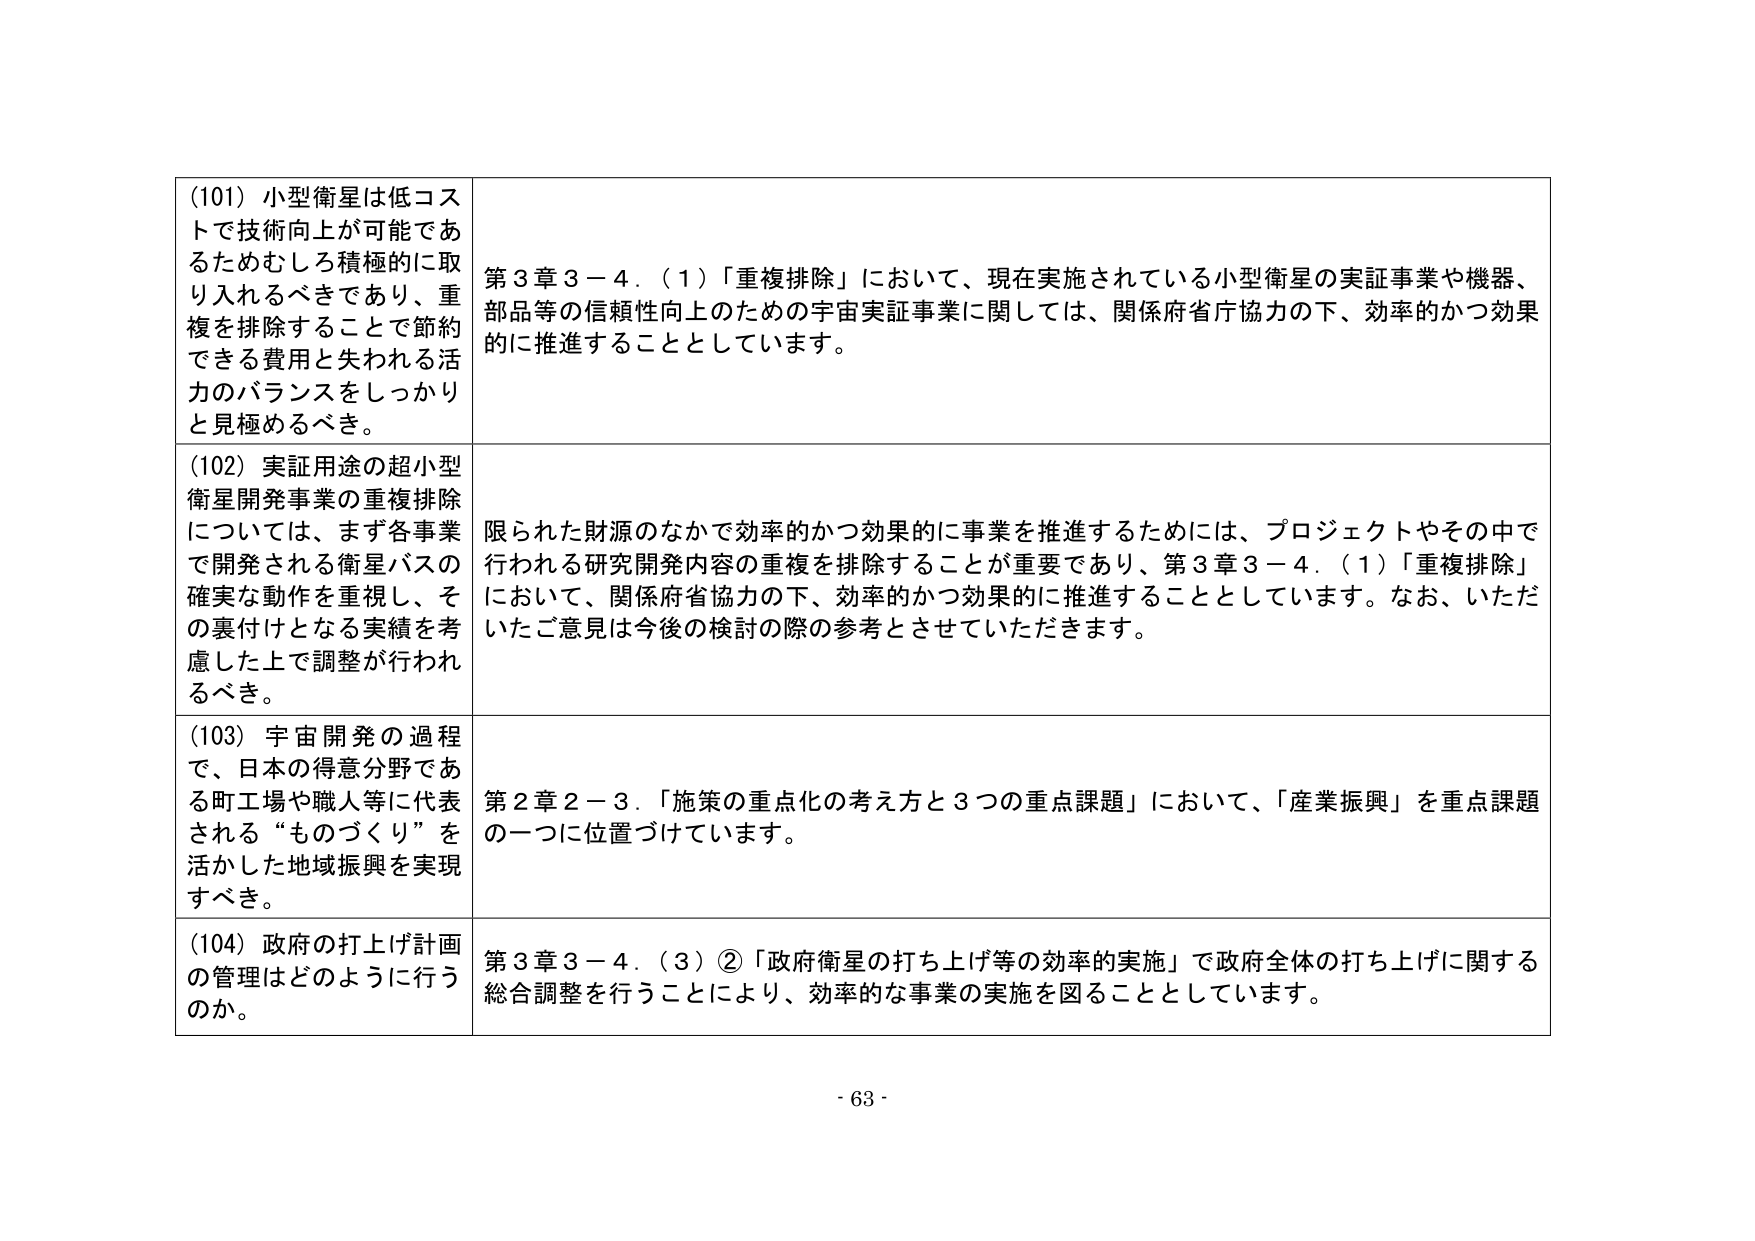
(101) 小型衛星は低コストで技術向上が可能であるためむしろ積極的に取り入れるべきであり、重複を排除することで節約できる費用と失われる活力のバランスをしっかり且見極めるべき。

(102) 実証用途の超小型衛星開発事業の重複排除については、まず各事業で開発される衛星バスの確実な動作を重視し、その裏付けとなる実績を考慮した上で調整が行われるべき。

(103) 宇宙開発の過程で、日本の得意分野である町工場や職人等に代表される“ものづくり”を活かした地域振興を実現すべき。

(104) 政府の打上げ計画の管理はどのように行うのか。

第3章3－4．(1)「重複排除」において、現在実施されている小型衛星の実証事業や機器、部品等の信頼性向上のための宇宙実証事業に関しては、関係府省庁協力の下、効率的かつ効果的に推進することとしています。

限られた財源のなかで効率的かつ効果的に事業を推進するためには、プロジェクトやその中で行われる研究開発内容の重複を排除することが重要であり、第3章3－4．(1)「重複排除」において、関係府省協力の下、効率的かつ効果的に推進することとしています。なお、いただいたご意見は今後の検討の際の参考とさせていただきます。

第2章2－3．「施策の重点化の考え方と3つの重点課題」において、「産業振興」を重点課題の一つに位置づけています。

第3章3－4．(3)②「政府衛星の打ち上げ等の効率的実施」で政府全体の打ち上げに関する総合調整を行うことにより、効率的な事業の実施を図ることとしています。

- 63 -